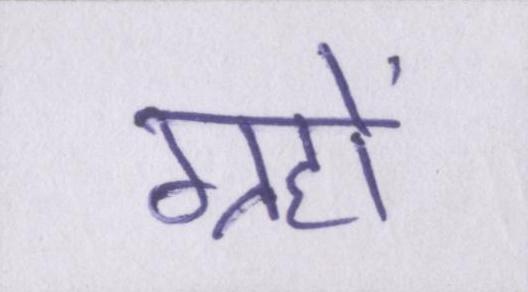
ग्रहों